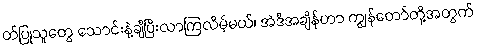
တ်ပြုသူတွေ သောင်းနဲ့ချီပြီးလာကြလိမ့်မယ်၊ အဲဒီအချိန်ဟာ ကျွန်တော်တို့အတွက်